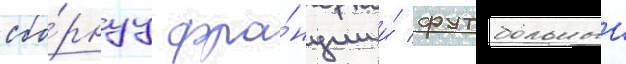
сбо́рнуу фра́нции и́ футбольныи